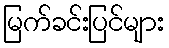
မြက်ခင်းပြင်များ